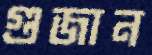
গুজান